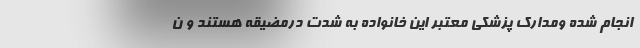
انجام شده ومدارک پزشکی معتبر این خانواده به شدت درمضیقه هستند و ن